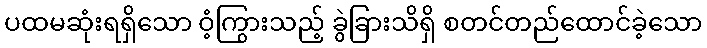
ပထမဆုံးရရှိသော ဝံ့ကြွားသည့် ခွဲခြားသိရှိ စတင်တည်ထောင်ခဲ့သော